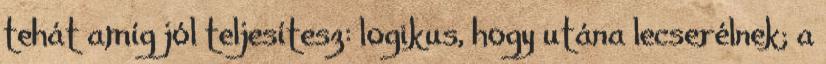
tehát amíg jól teljesítesz: logikus, hogy utána lecserélnek; a